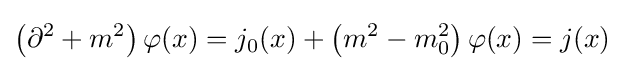
\left(\partial ^{2}+m^{2}\right)\varphi (x)=j_{0}(x)+\left(m^{2}-m_{0}^{2}\right)\varphi (x)=j(x)